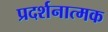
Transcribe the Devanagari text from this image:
प्रदर्शनात्‍मक